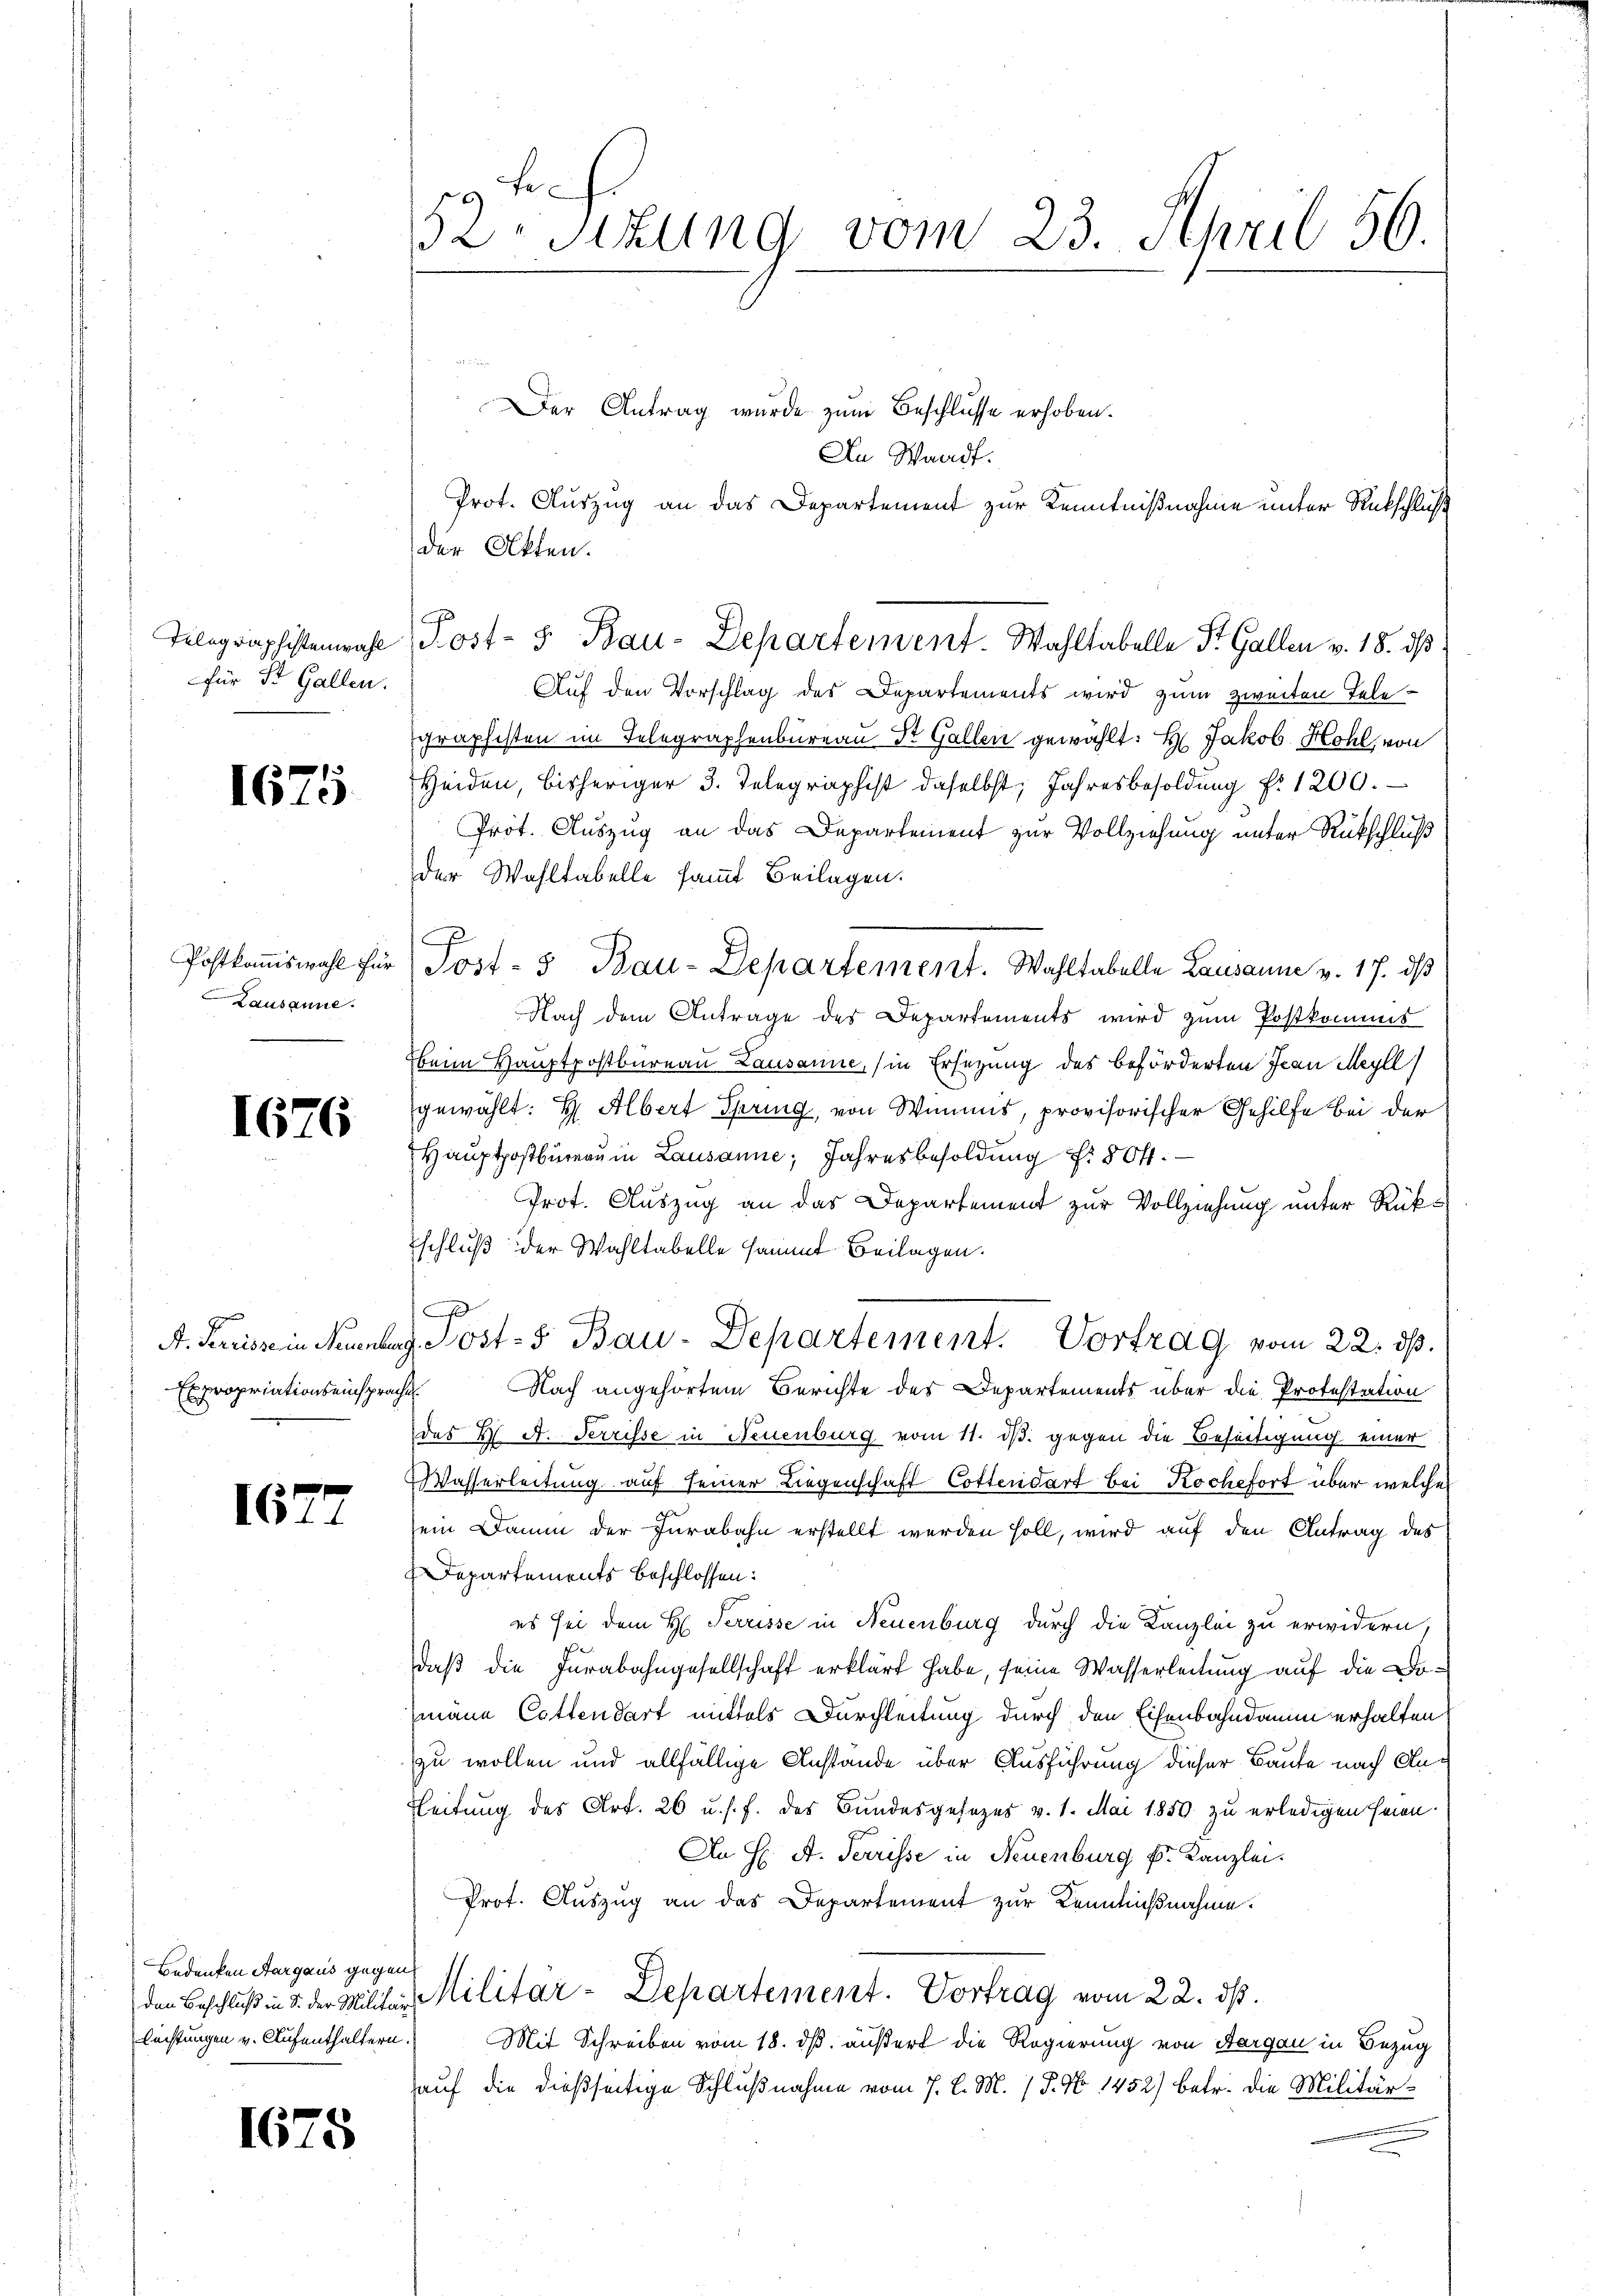
für St. Gallen.

1675

Postkommiswahl für
Lausanne

1676

Es propriationseinsprache

16

1675

52. Sitzung vom 23. April 56.

Bedenken Aargaus gegen
Rechtungen v. Aufenthaltern.

Der Antrag wurde zum Beschlusse erhoben.
An Waadt.
Prot. Auszug an das Departement zur Kenntnißnahme unter Rückschluß
der Akten.
Telegraphistenwahl, Post- u. Bau-Departement. Wahltabelle St. Gallen v. 18. ds
Auf den Vorschlag des Departements wird zum zweiten Telegraphisten im Telegraphenbureau Dr. Gallen gewählt: Hr. Jakob Hohl, von
Heiden, bisheriger 3. Telegraphist daselbst, Jahresbesoldŭng f. 1200.
Prot. Auszug an das Departement zur Vollziehung unter Rückschluß
der Wahltabelle sammt Beilagen.
"Post- 5 Bau-Departement. Wahltabelle Lausanne v. 17. ds
Nach dem Antrage des Departements wird zum Postkommis
beim Hauptpostbureau Lausanne, (in Ersezung des beförderten Jean Meyll)
gewählt: H Albert Spring, von Winnis, provisorischer Gehilfe bei der
Hauptpostbureau in Lausanne, Jahresbesoldung Nr. 80 f.
Prot. Auszug an das Departement zur Vollziehung unter Rück¬
Eschluß der Wahltabelle sammt Beilagen.
.
A. Terrisse in Neuenburg, Post- & Bau-Departement. Vortrag vom 22. ds.
Nach angehörtem Berichte des Departements über die Protestation
das K. A. Terrisse in Neuenburg vom 11. dβ gegen die Beseitigung einer
Wasserleitung auf seiner Liegenschaft Cottendart bei Kochefort über welche
sein Damm der Jurabahn erstellt werden soll, wird auf den Antrag des
Departements beschlossen:
es sei dem H. Terrisse in Neuenburg durch die Kanzlei zu erwidern,
daß die Jurabahngesellschaft erklärt habe, seine Wasserleitung auf die Domane Cottendart mittels Durchleitung durch den Eisenbahndamm erhalten
zu wollen und allfällige Anstande über Ausführung dieser Baute nach An¬
Eleitung des Art. 26 u. s. f. des Bundesgesezes v. 1. Mai 1850 zu erledigen seien.
An H. A. Terrisse in Neuenburg k. Kanzlei.
Prot. Auszug an das Departement zur Kenntnißnahme.
den Beschluß in d. der Militar-Militar-Departement. Vortrag vom 22. ds.
Mit Schreiben vom 18. dß. äußert die Regierung von Aargau in Bezug
auf die dießseitige Schlußnahme vom 7. d. M. 1 P. Nr. 1452) betr. die Militär